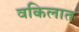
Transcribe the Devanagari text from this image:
वकिलात